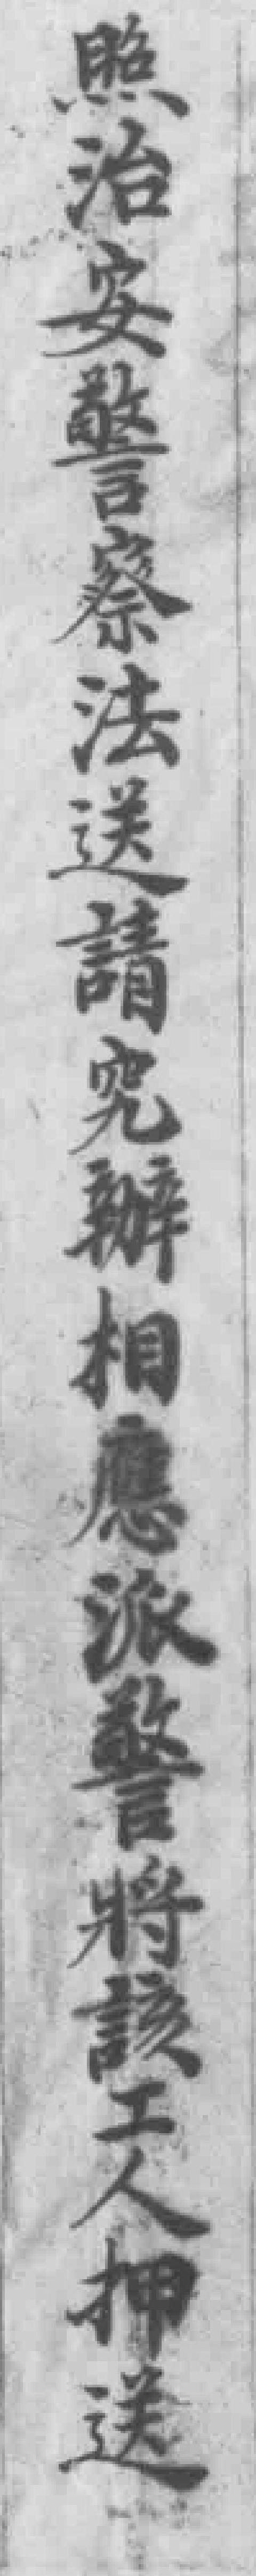
照治安警察法送請究辦相應派警將該工人押送